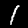
Digit: 1